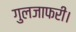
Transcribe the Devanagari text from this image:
गुलजाफरी।